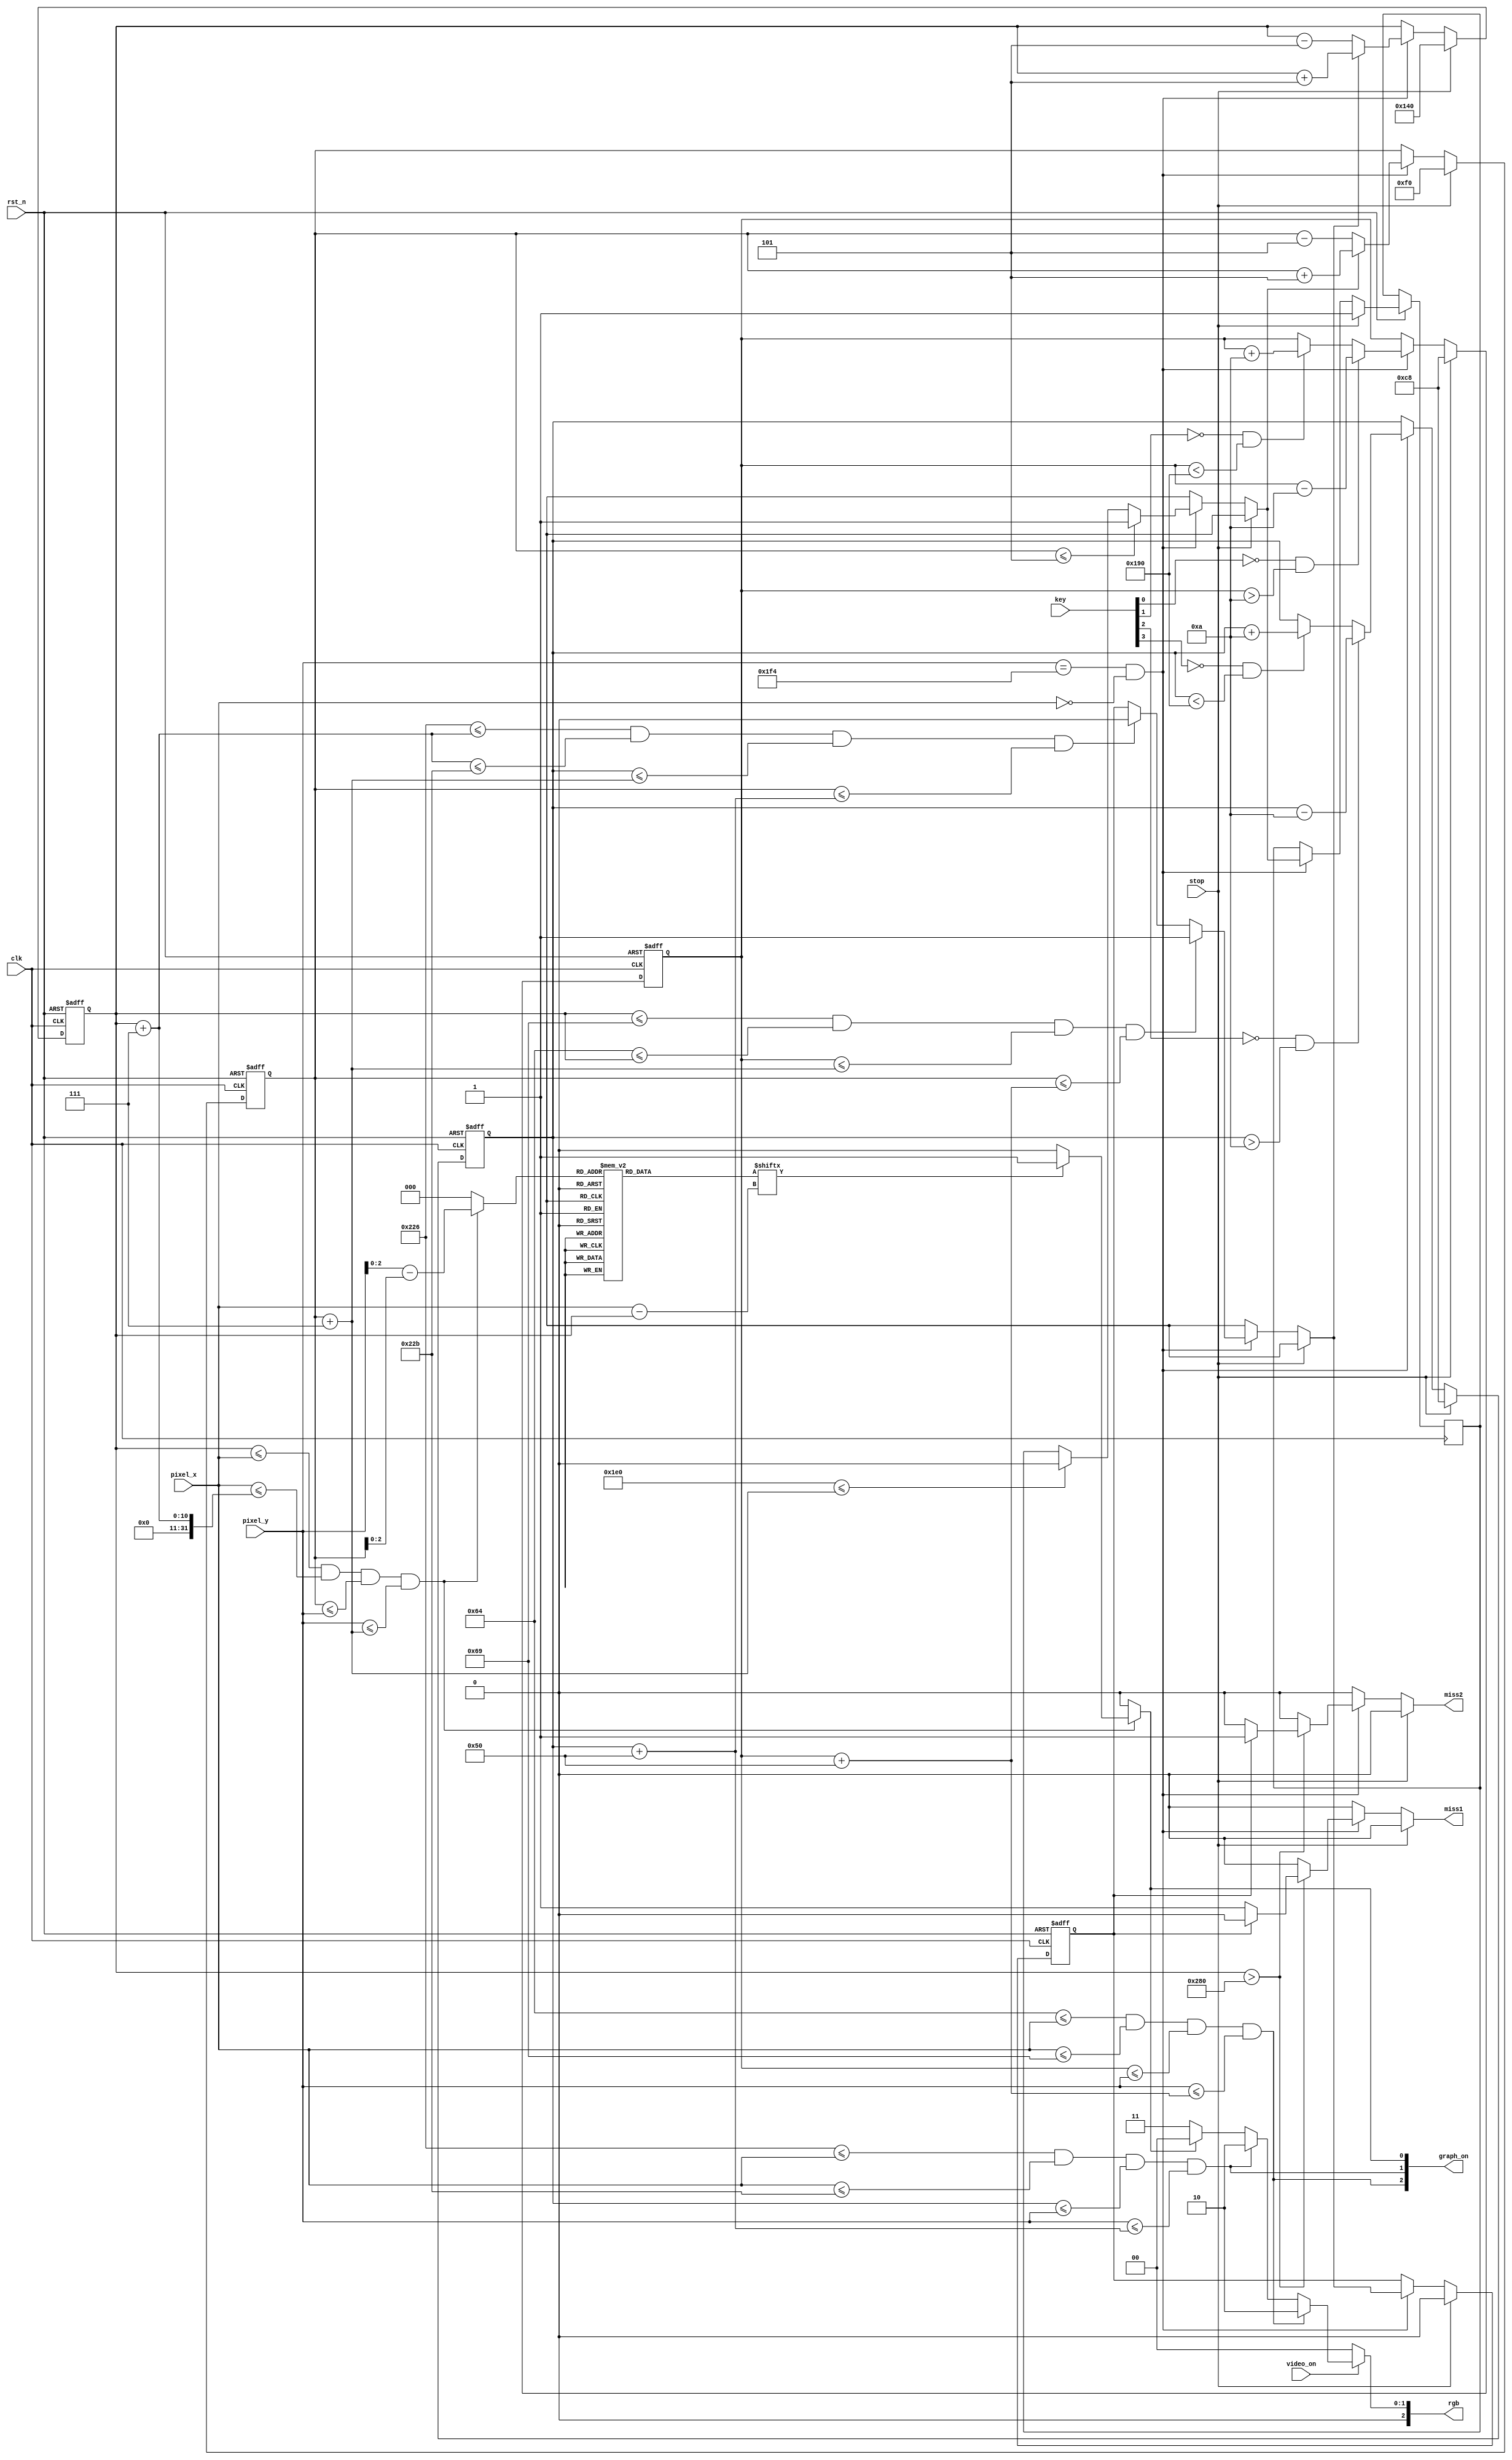
`timescale 1ns / 1ps

module pong_animated
	(
		input clk,rst_n,
		input video_on,
		input stop, //return to default screen with no motion
		input[3:0] key, //key[1:0] for player 1 and key[3:2] for player 2
		input[11:0] pixel_x,pixel_y,
		output reg[2:0] rgb,
		output[2:0] graph_on,
		output reg miss1,miss2 //miss1=player 1 misses  , miss2=player2 misses
    );	
	 localparam bar_1_XL=100, //left bar player 1
					bar_1_XR=105, //right bar player 1

					
					bar_2_XL=550, //left bar player 2
					bar_2_XR=555, //right bar player 2
					
					bar_LENGTH=80, //bar length
					bar_V=10, //bar velocity
					
					ball_DIAM=7, //ball diameter minus one
					ball_V=5; //ball velocity

					
	 wire bar_1_on,bar_2_on,ball_box;
	 reg ball_on;
	 reg[2:0] rom_addr; //rom for circular pattern of ball
	 reg[7:0] rom_data;
	 reg[9:0] bar_1_top_q=220,bar_1_top_d; //stores upper Y value of bar_1,controlled by key[0] and key[1]
	 reg[9:0] bar_2_top_q=220,bar_2_top_d; //stores upper Y value of bar_2,controlled by key[2] and key[3]
	 reg[9:0] ball_x_q=280,ball_x_d; //stores left X value of the bouncing ball
	 reg[9:0] ball_y_q=200,ball_y_d; //stores upper Y value of the bouncing ball
	 reg ball_xdelta_q=0,ball_xdelta_d;
	 reg ball_ydelta_q=0,ball_ydelta_d;
	 
	 //display conditions
	 assign bar_1_on= bar_1_XL<=pixel_x && pixel_x<=bar_1_XR && bar_1_top_q<=pixel_y && pixel_y<=(bar_1_top_q+bar_LENGTH);
	 assign bar_2_on= bar_2_XL<=pixel_x && pixel_x<=bar_2_XR && bar_2_top_q<=pixel_y && pixel_y<=(bar_2_top_q+bar_LENGTH);
	 assign ball_box= ball_x_q<=pixel_x && pixel_x<=(ball_x_q+ball_DIAM) &&  ball_y_q<=pixel_y && pixel_y<=(ball_y_q+ball_DIAM);

	 //circular ball_on logic
	 always @* begin
		rom_addr=0;
		ball_on=0;
		if(ball_box) begin
			rom_addr=pixel_y-ball_y_q;
			if(rom_data[pixel_x-ball_x_q]) ball_on=1;
		end
	 end
	 
	 //ball rom pattern
	 always @* begin
		 case(rom_addr)
			3'd0: rom_data=8'b0001_1000;
			3'd1: rom_data=8'b0011_1100;
			3'd2: rom_data=8'b0111_1110;
			3'd3: rom_data=8'b1111_1111;
			3'd4: rom_data=8'b1111_1111;
			3'd5: rom_data=8'b0111_1110;
			3'd6: rom_data=8'b0011_1100;
			3'd7: rom_data=8'b0001_1000;
		 endcase
	 end
	 
	 
	 //logic for movable bar and self-bouncing ball
	 always @(posedge clk,negedge rst_n) begin
		if(!rst_n) begin
			bar_1_top_q<=220;
			bar_2_top_q<=220;
			ball_x_q<=280;
			ball_y_q<=200;
			ball_xdelta_q<=0;
			ball_xdelta_q<=0;
		end
		else begin
			bar_1_top_q<=bar_1_top_d;
			bar_2_top_q<=bar_2_top_d;
			ball_x_q<=ball_x_d;
			ball_y_q<=ball_y_d;
			ball_xdelta_q<=ball_xdelta_d;
			ball_ydelta_q<=ball_ydelta_d;
		end
	 end
	 always @* begin
		bar_1_top_d=bar_1_top_q;
		bar_2_top_d=bar_2_top_q;
		ball_x_d=ball_x_q;
		ball_y_d=ball_y_q;
		ball_xdelta_d=ball_xdelta_q;
		ball_ydelta_d=ball_ydelta_q;
		miss1=0;
		miss2=0;
		
		if(stop) begin
			ball_x_d=(640/2); //ball @ center of screen
			ball_y_d=(480/2); //ball @ center of screen
			ball_xdelta_d=0;
			ball_ydelta_d=1;
			bar_1_top_d=200; //bar @ center
			bar_2_top_d=200; //bar @ center
		end
		
		else if(pixel_y==500 && pixel_x==0) begin//1 tick when video is surely off
		
			//bar movement logic
			if(!key[0] && bar_1_top_q>bar_V) bar_1_top_d=bar_1_top_q-bar_V; //move bar_1 up
			else if(!key[1] && bar_1_top_q<(480-bar_LENGTH)) bar_1_top_d=bar_1_top_q+bar_V; //move bar_1 down
			if(!key[2] && bar_2_top_q>bar_V) bar_2_top_d=bar_2_top_q-bar_V; //move bar_2 up
			else if(!key[3] && bar_2_top_q<(480-bar_LENGTH)) bar_2_top_d=bar_2_top_q+bar_V; //move bar_2 down
			
			
			
			//bouncing ball logic
			if( ball_x_q<=bar_1_XR && bar_1_XL<=ball_x_q && bar_1_top_q<=(ball_y_q+ball_DIAM) && ball_y_q<=(bar_1_top_q+bar_LENGTH)) ball_xdelta_d=1; //bounce from bar_1(left)
			else if( (bar_2_XL<=(ball_x_q+ball_DIAM) && ((ball_x_q+ball_DIAM)<=bar_2_XR) && bar_2_top_q<=(ball_y_q+ball_DIAM)) && ball_y_q<=(bar_2_top_q+bar_LENGTH)) ball_xdelta_d=0; //bounce from bar_2(right)
			if(ball_y_q<=5) ball_ydelta_d=1; //bounce from top
			else if(480<=(ball_y_q+ball_DIAM)) ball_ydelta_d=0; //bounce from bottom
			
			//if any player misses
			if(ball_x_q>640) begin
					if(ball_xdelta_q) miss2=1;
					else miss1=1;
			end
			
			
			
			ball_x_d=ball_xdelta_d? (ball_x_q+ball_V):(ball_x_q-ball_V);
			ball_y_d=ball_ydelta_d? (ball_y_q+ball_V):(ball_y_q-ball_V);
			
		end
	 end
	 
	 assign graph_on= {bar_1_on,bar_2_on,ball_on};
	 //overall display logic
	always @* begin
	 	rgb=0;
		if(video_on) begin
			if(bar_1_on) rgb=3'b010;
			else if(bar_2_on) rgb=3'b010;
			else if(ball_on) rgb=3'b000;
			else rgb=3'b011;//background color
	
		end
	 end
					
endmodule